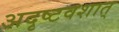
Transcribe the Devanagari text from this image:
अदृष्टवशात्‌